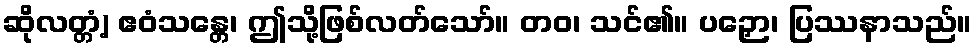
ဆိုလတ္တံ့) ဧဝံသန္တေ၊ ဤသို့ဖြစ်လတ်သော်။ တဝ၊ သင်၏။ ပဉှော၊ ပြဿနာသည်။